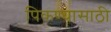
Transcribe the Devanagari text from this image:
पिकण्यासाठी